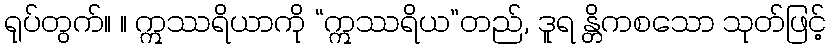
ရုပ်တွက်။ ။ ဣဿရိယာကို “ဣဿရိယ”တည်, ဒူရ န္တိကစသော သုတ်ဖြင့်